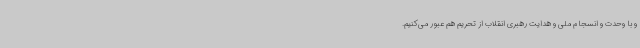
و با وحدت و انسجام ملی و هدایت رهبری انقلاب از تحریم هم عبور می‌کنیم.